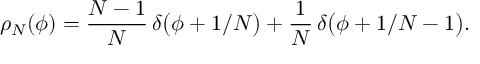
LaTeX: \rho _ { N } ( \phi ) = { \frac { N - 1 } { N } } \, \delta \bigl ( \phi + 1 / N \bigr ) + { \frac { 1 } { N } } \, \delta \bigl ( \phi + 1 / N - 1 \bigr ) .